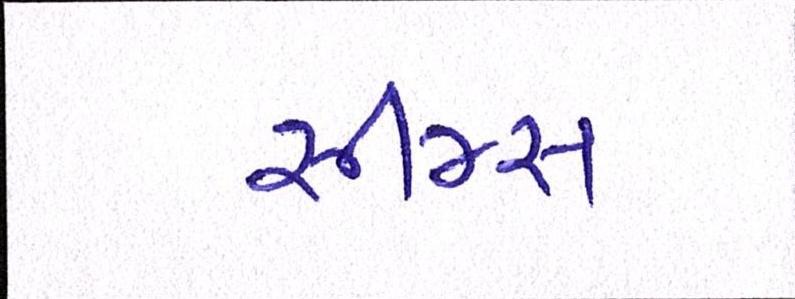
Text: સીમ્સ